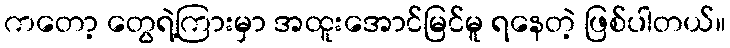
ကတော့ တွေရဲ့ကြားမှာ အထူးအောင်မြင်မူ ရနေတဲ့ ဖြစ်ပါတယ်။